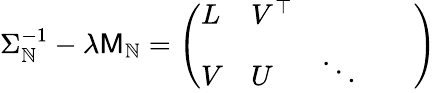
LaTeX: \Sigma_{\mathbb{N}}^{-1}-\lambda\mathsf{{M}}_{\mathbb{N}}=\left(\begin{array}{lllll}{L}&{V^{\top}}&{}&{}&{}\\ {V}&{U}&{\ddots}&{}&{}\end{array}\right)